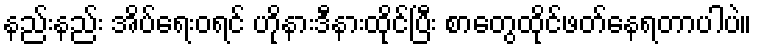
နည်းနည်း အိပ်ရေးဝရင် ဟိုနားဒီနားထိုင်ပြီး စာတွေထိုင်ဖတ်နေရတာပါပဲ။